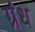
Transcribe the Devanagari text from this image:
ग्रंध